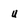
Character: u